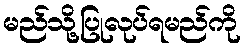
မည်သို့ပြုလုပ်ရမည်ကို